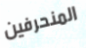
المنحرفين